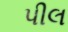
પીલ